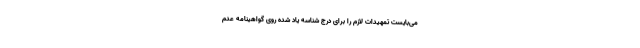
می‌بایست تمهیدات لازم را برای درج شناسه یاد شده روی گواهینامه عدم